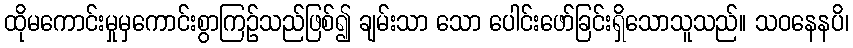
ထိုမကောင်းမှုမှကောင်းစွာကြဉ်သည်ဖြစ်၍ ချမ်းသာ သော ပေါင်းဖော်ခြင်းရှိသောသူသည်။ သဝနေနပိ၊